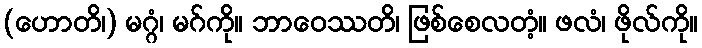
(ဟောတိ၊) မဂ္ဂံ၊ မဂ်ကို။ ဘာဝေဿတိ၊ ဖြစ်စေလတံ့။ ဖလံ၊ ဖိုလ်ကို။